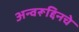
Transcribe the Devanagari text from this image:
अन्वरूद्दिनचे